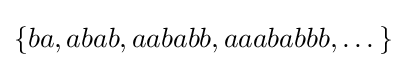
\{ba,abab,aababb,aaababbb,\dotsc \}